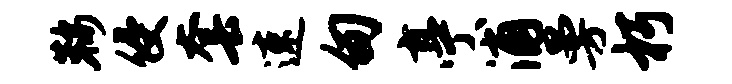
鞍侵套速甸亭浦曼朽